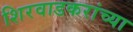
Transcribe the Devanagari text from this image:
शिरवाडकरांच्या